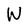
Character: W